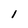
Character: 1